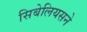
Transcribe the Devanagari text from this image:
सिबेलियसने